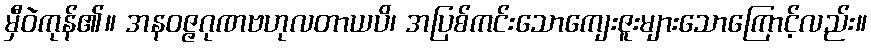
မှီဝဲကုန်၏။ အနဝဇ္ဇဂုဏဗဟုလတာယပိ၊ အပြစ်ကင်းသောကျေးဇူးများသောကြောင့်လည်း။